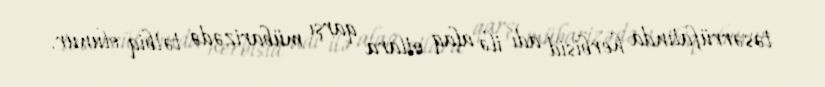
təsərrüfatında herbisid adı ilə alaq otlara qarşı mübarizədə tətbiq olunur.